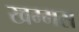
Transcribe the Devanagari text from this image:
खम्मस